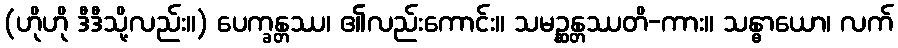
(ဟိုဟို ဒီဒီသို့လည်း။) ပေက္ခန္တဿ၊ ၏လည်းကောင်း။ သမဉ္ဆန္တဿတိ-ကား။ သန္ဓာယော၊ လက်